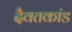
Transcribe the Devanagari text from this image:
दैवतकांड